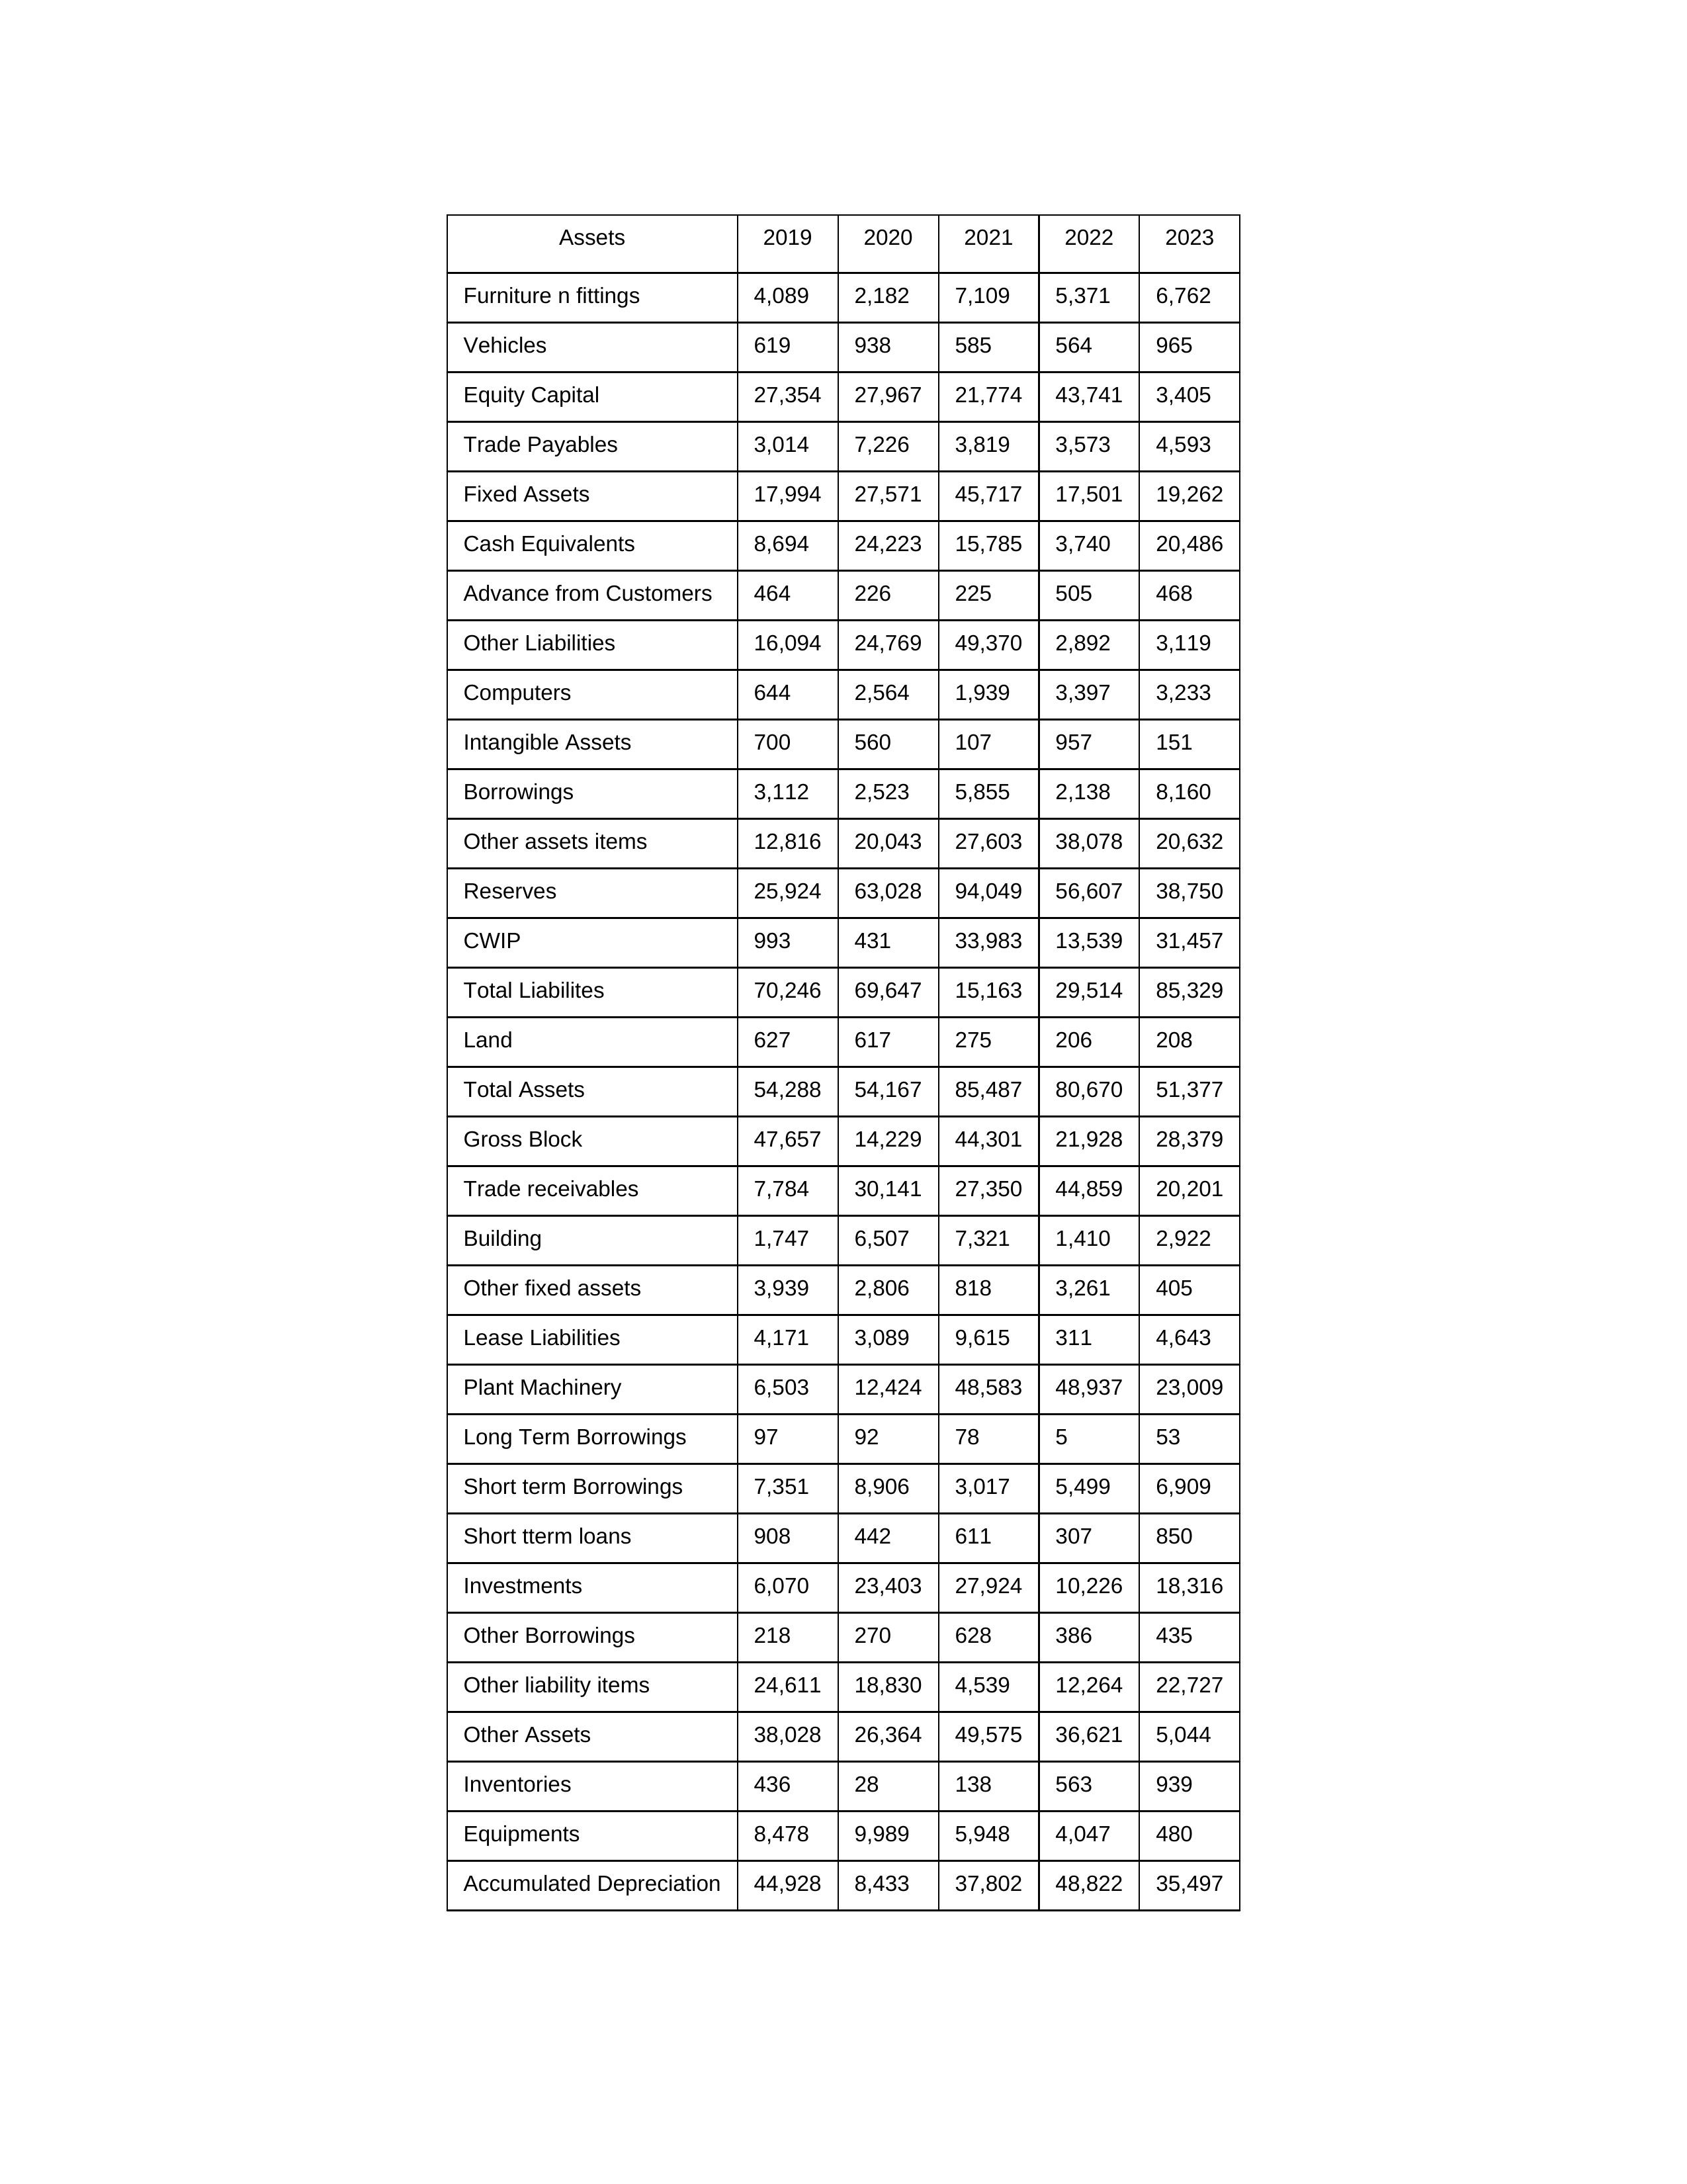
gt_parse: 2019: Equity Capital: 27,354
Reserves: 25,924
Borrowings: 3,112
Long Term Borrowings: 97
Short term Borrowings: 7,351
Lease Liabilities: 4,171
Other Borrowings: 218
Other Liabilities: 16,094
Trade Payables: 3,014
Advance from Customers: 464
Other liability items: 24,611
Total Liabilites: 70,246
Fixed Assets: 17,994
Land: 627
Building: 1,747
Plant Machinery: 6,503
Equipments: 8,478
Computers: 644
Furniture n fittings: 4,089
Vehicles: 619
Intangible Assets: 700
Other fixed assets: 3,939
Gross Block: 47,657
Accumulated Depreciation: 44,928
CWIP: 993
Investments: 6,070
Other Assets: 38,028
Inventories: 436
Trade receivables: 7,784
Cash Equivalents: 8,694
Short tterm loans: 908
Other assets items: 12,816
Total Assets: 54,288
2020: Equity Capital: 27,967
Reserves: 63,028
Borrowings: 2,523
Long Term Borrowings: 92
Short term Borrowings: 8,906
Lease Liabilities: 3,089
Other Borrowings: 270
Other Liabilities: 24,769
Trade Payables: 7,226
Advance from Customers: 226
Other liability items: 18,830
Total Liabilites: 69,647
Fixed Assets: 27,571
Land: 617
Building: 6,507
Plant Machinery: 12,424
Equipments: 9,989
Computers: 2,564
Furniture n fittings: 2,182
Vehicles: 938
Intangible Assets: 560
Other fixed assets: 2,806
Gross Block: 14,229
Accumulated Depreciation: 8,433
CWIP: 431
Investments: 23,403
Other Assets: 26,364
Inventories: 28
Trade receivables: 30,141
Cash Equivalents: 24,223
Short tterm loans: 442
Other assets items: 20,043
Total Assets: 54,167
2021: Equity Capital: 21,774
Reserves: 94,049
Borrowings: 5,855
Long Term Borrowings: 78
Short term Borrowings: 3,017
Lease Liabilities: 9,615
Other Borrowings: 628
Other Liabilities: 49,370
Trade Payables: 3,819
Advance from Customers: 225
Other liability items: 4,539
Total Liabilites: 15,163
Fixed Assets: 45,717
Land: 275
Building: 7,321
Plant Machinery: 48,583
Equipments: 5,948
Computers: 1,939
Furniture n fittings: 7,109
Vehicles: 585
Intangible Assets: 107
Other fixed assets: 818
Gross Block: 44,301
Accumulated Depreciation: 37,802
CWIP: 33,983
Investments: 27,924
Other Assets: 49,575
Inventories: 138
Trade receivables: 27,350
Cash Equivalents: 15,785
Short tterm loans: 611
Other assets items: 27,603
Total Assets: 85,487
2022: Equity Capital: 43,741
Reserves: 56,607
Borrowings: 2,138
Long Term Borrowings: 5
Short term Borrowings: 5,499
Lease Liabilities: 311
Other Borrowings: 386
Other Liabilities: 2,892
Trade Payables: 3,573
Advance from Customers: 505
Other liability items: 12,264
Total Liabilites: 29,514
Fixed Assets: 17,501
Land: 206
Building: 1,410
Plant Machinery: 48,937
Equipments: 4,047
Computers: 3,397
Furniture n fittings: 5,371
Vehicles: 564
Intangible Assets: 957
Other fixed assets: 3,261
Gross Block: 21,928
Accumulated Depreciation: 48,822
CWIP: 13,539
Investments: 10,226
Other Assets: 36,621
Inventories: 563
Trade receivables: 44,859
Cash Equivalents: 3,740
Short tterm loans: 307
Other assets items: 38,078
Total Assets: 80,670
2023: Equity Capital: 3,405
Reserves: 38,750
Borrowings: 8,160
Long Term Borrowings: 53
Short term Borrowings: 6,909
Lease Liabilities: 4,643
Other Borrowings: 435
Other Liabilities: 3,119
Trade Payables: 4,593
Advance from Customers: 468
Other liability items: 22,727
Total Liabilites: 85,329
Fixed Assets: 19,262
Land: 208
Building: 2,922
Plant Machinery: 23,009
Equipments: 480
Computers: 3,233
Furniture n fittings: 6,762
Vehicles: 965
Intangible Assets: 151
Other fixed assets: 405
Gross Block: 28,379
Accumulated Depreciation: 35,497
CWIP: 31,457
Investments: 18,316
Other Assets: 5,044
Inventories: 939
Trade receivables: 20,201
Cash Equivalents: 20,486
Short tterm loans: 850
Other assets items: 20,632
Total Assets: 51,377